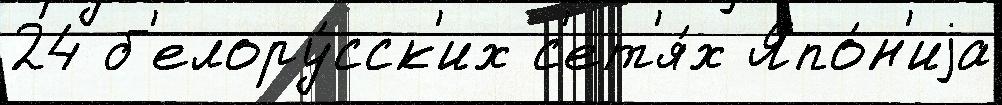
24 б'елору́сск'их с'ет'я́х Япо́н'иjа